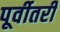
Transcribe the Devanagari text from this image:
पूर्वीतरी